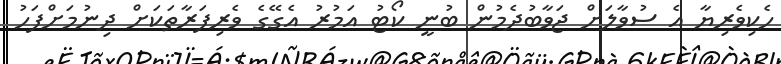
ހެކިވެރިޔާ އެ ސުވާލަށް ޖަވާބުދެމުން ބުނީ ކޯޓު އަމުރު އެގޭގެ ވެރިފަރާތަކަށް ދިނުމަށްފަހު